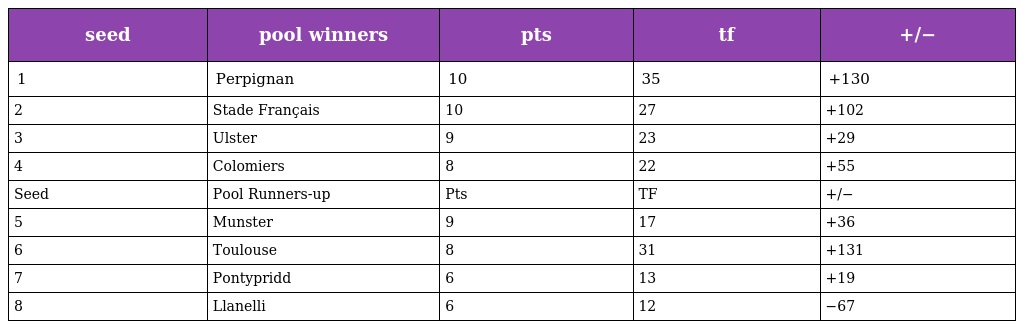
| seed | pool winners | pts | tf | +/− |
 | --- | --- | --- | --- | --- |
 | 1 | Perpignan | 10 | 35 | +130 |
 | 2 | Stade Français | 10 | 27 | +102 |
 | 3 | Ulster | 9 | 23 | +29 |
 | 4 | Colomiers | 8 | 22 | +55 |
 | Seed | Pool Runners-up | Pts | TF | +/− |
 | 5 | Munster | 9 | 17 | +36 |
 | 6 | Toulouse | 8 | 31 | +131 |
 | 7 | Pontypridd | 6 | 13 | +19 |
 | 8 | Llanelli | 6 | 12 | −67 |